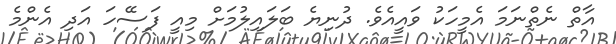
އާތް ނެތްނަމަ އެމީހަކު ވައީއެވެ. ދުނިޔެ ބަލައިލުމަށް މިއީ ފަސޭހަ އަދި އެންމެ